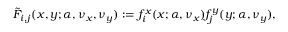
\tilde { F } _ { i , j } ( x , y ; \alpha , \nu _ { x } , \nu _ { y } ) : = f _ { i } ^ { x } ( x ; \alpha , \nu _ { x } ) f _ { j } ^ { y } ( y ; \alpha , \nu _ { y } ) ,